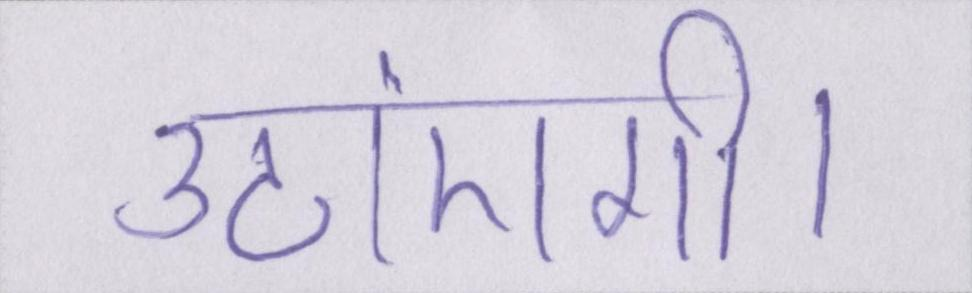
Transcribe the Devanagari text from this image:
उठाएंगी।